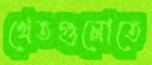
খেতগুলোতে